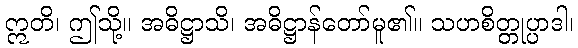
ဣတိ၊ ဤသို့။ အဓိဋ္ဌာသိ၊ အဓိဋ္ဌာန်တော်မူ၏။ သဟစိတ္တုပ္ပာဒါ၊